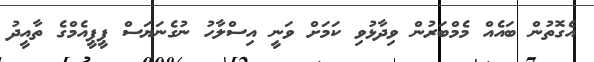
އެގޮތުން ބައެއް މެމްބަރުން ވިދާޅުވި ކަމަށް ވަނީ އިސްލާހު ނުގެނަޔަސް ޕީޕީއެމްގެ ތާއީދު